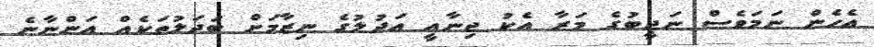
އެހެން ނަމަވެސް ނަޖީބުގެ މަރާ އެކު ޖިނާއީ އަދުލުގެ ނިޒާމަށް ބަދަލުތަކެއް އަންނާނެ